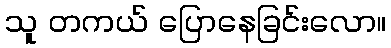
သူ တကယ် ပြောနေခြင်းလော။